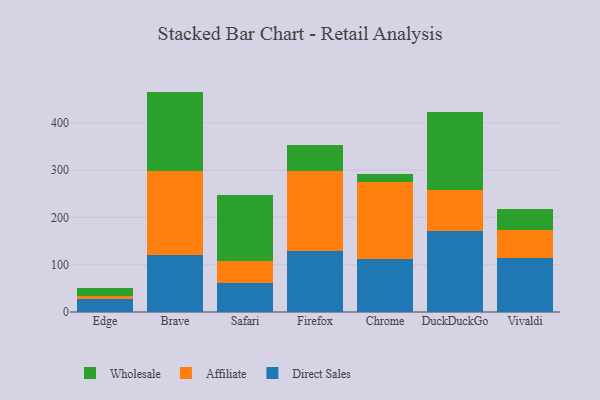
{"axis": {"x": "Browser", "y": "Backlog"}, "legend": ["Affiliate", "Direct Sales", "Wholesale"], "data": [{"x": "Edge", "y": 28.0, "type": "Direct Sales"}, {"x": "Edge", "y": 6.5, "type": "Affiliate"}, {"x": "Edge", "y": 15.5, "type": "Wholesale"}, {"x": "Brave", "y": 120.8, "type": "Direct Sales"}, {"x": "Brave", "y": 176.9, "type": "Affiliate"}, {"x": "Brave", "y": 168.0, "type": "Wholesale"}, {"x": "Safari", "y": 61.8, "type": "Direct Sales"}, {"x": "Safari", "y": 47.0, "type": "Affiliate"}, {"x": "Safari", "y": 139.2, "type": "Wholesale"}, {"x": "Firefox", "y": 129.1, "type": "Direct Sales"}, {"x": "Firefox", "y": 167.9, "type": "Affiliate"}, {"x": "Firefox", "y": 55.3, "type": "Wholesale"}, {"x": "Chrome", "y": 112.4, "type": "Direct Sales"}, {"x": "Chrome", "y": 163.2, "type": "Affiliate"}, {"x": "Chrome", "y": 16.1, "type": "Wholesale"}, {"x": "DuckDuckGo", "y": 171.1, "type": "Direct Sales"}, {"x": "DuckDuckGo", "y": 87.0, "type": "Affiliate"}, {"x": "DuckDuckGo", "y": 163.7, "type": "Wholesale"}, {"x": "Vivaldi", "y": 113.3, "type": "Direct Sales"}, {"x": "Vivaldi", "y": 59.8, "type": "Affiliate"}, {"x": "Vivaldi", "y": 45.0, "type": "Wholesale"}]}